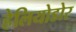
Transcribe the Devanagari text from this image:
हेलियोडोर